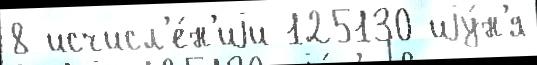
8 исчисл'е́н'иjи 125130 иjу́н'я